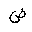
Letter: _dad